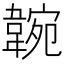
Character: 𩎺